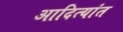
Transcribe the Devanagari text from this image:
आदित्यांत